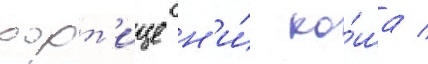
хорт'ице н'и́ ко́ша /